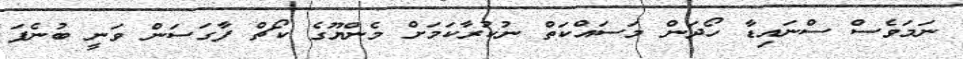
ނަމަވެސް ސްނައިޑާ ހޯދަން މަސައްކަތް ނުކުރާކަމަށް މެންޔޫގެ ކޯޗް ފާގަސަން ވަނީ ބުނެފަ